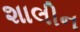
શાલીન